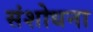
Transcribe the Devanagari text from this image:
संशोधना